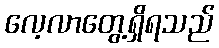
လေ့လာတွေ့ရှိရသည်